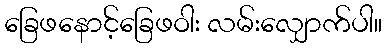
ခြေဖနောင့်ခြေဖဝါး လမ်းလျှောက်ပါ။